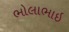
ભોલાભાઇ